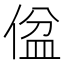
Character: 𪝕